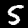
Label: 5